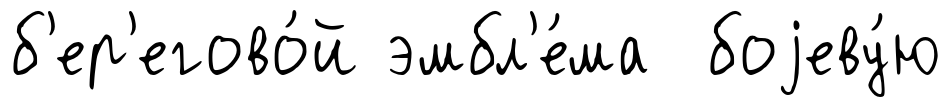
б'ер'егово́й эмбл'е́ма боjеву́ю